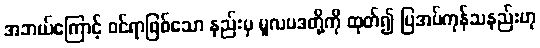
အဘယ်ကြောင့် ဝင်ရာဖြစ်သော နည်းမှ မူလပဒတို့ကို ထုတ်၍ ပြအပ်ကုန်သနည်းဟု